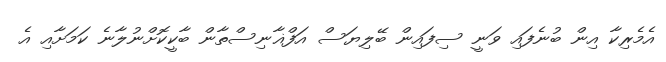
އެމެރިކާ އިން ބުނެފައި ވަނީ ސިފައިން ބޭލިޔަސް އަފްޣާނިސްތާން ބާކީކޮށްނުލާނެ ކަމަށާއި އެ